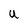
Character: U